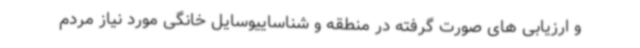
و ارزیابی های صورت گرفته در منطقه و شناساییوسایل خانگی مورد نیاز مردم